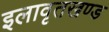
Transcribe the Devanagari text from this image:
इलावृतखण्ड